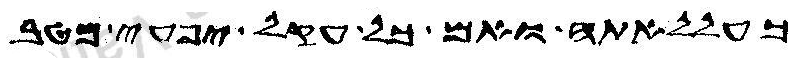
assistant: כעללאתה ואם כל עקל יפעי מטב